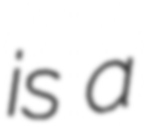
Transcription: is a